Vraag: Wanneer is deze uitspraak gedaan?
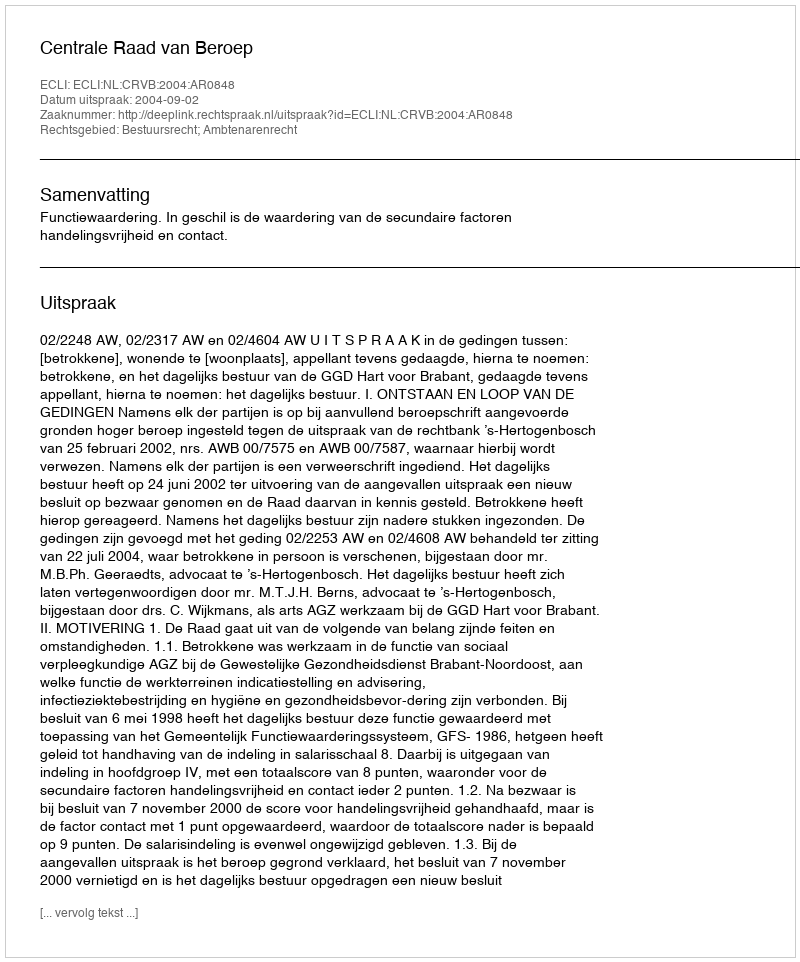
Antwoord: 2004-09-02